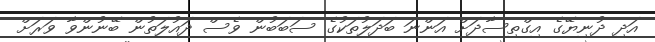
އަދި ދުނިޔޭގެ އިގްތިސާދަށް އަންނަ ބަދަލުތަކުގެ ސަބަބުން ވެސް ދައުލަތުން ބޭނުންވާ ވަރަށް